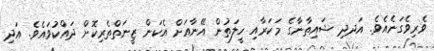
ވެރިވެގަނެއެވެ. އަދދި ޝައިތާނާގެ މަކަރާއި ހީލަތުން އޭނާއަށް އެކަން ޒީނަތްތެރިކޮށް ދައްކުވައެވެ. އަދި